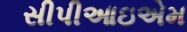
સીપીઆઇએમ